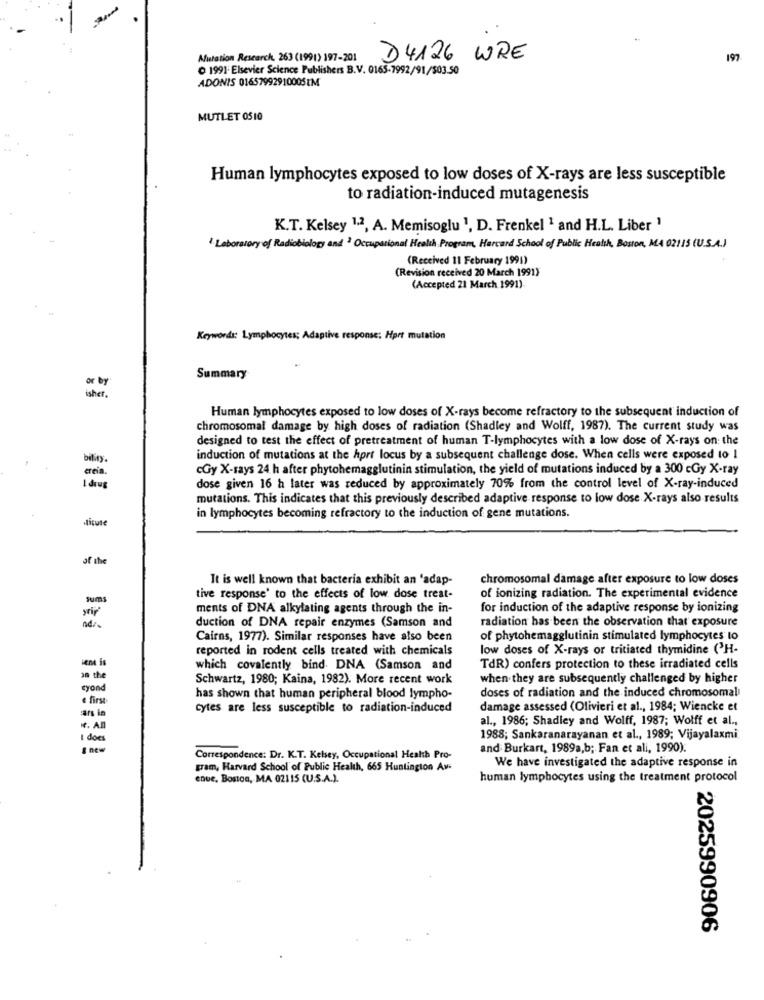
Mutation Research, 263 (1991) 197-201
D4126 WRE
197
O 1991 Elsevier Science Publishers B.V. 0165-7992/91/503.50
ADONIS 01657992910005 IM
MUTLET 0510
Human lymphocytes exposed to low doses of X-rays are less susceptible
to radiation-induced mutagenesis
K.T. Kelsey 1,2, A. Memisoglu 1, D. Frenkel 1 and H.L. Liber 1
" Laboratory of Radiobiology and Occupational Health Program, Harcand School of Public Health, Boston, MA 02115 (U.S.A.)
(Received 11 February 1991)
(Revision received 20 March 1991)
(Accepted 21 March 1991).
Keywords: Lymphocytes; Adaptive response; Hper mutation
Summary
or by
Human lymphocytes exposed to low doses of X-rays become refractory to the subsequent induction of
chromosomal damage by high doses of radiation (Shadley and Wolff, 1987). The current study was
designed to test the effect of pretreatment of human T-lymphocytes with a low dose of X-rays on: the
bility.
induction of mutations at the hort locus by a subsequent challenge dose. When cells were exposed to 1
cGy X-rays 24 h after phytohemagglutinin stimulation, the yield of mutations induced by a 300 cGy X-ray
creia .
dose given 16 h later was reduced by approximately 70% from the control level of X-ray-induced
mutations. This indicates that this previously described adaptive response to low dose X-rays also results
titute
in lymphocytes becoming refractory to the induction of gene mutations.
It is well known that bacteria exhibit an 'adap-
chromosomal damage after exposure to low doses
Sums
tive response' to the effects of low dose treat-
of ionizing radiation. The experimental evidence
ments of DNA alkylating agents through the in-
for induction of the adaptive response by ionizing
yri
radiation has been the observation that exposure
duction of DNA repair enzymes (Samson and
Cairns, 1977). Similar responses have also been
of phytohemagglutinin stimulated lymphocytes to
reported in rodent cells treated with chemicals
low doses of X-rays or tritiated thymidine ('H-
which covalently bind. DNA (Samson and
TdR) confers protection to these irradiated cells
30 the
Schwartz, 1980; Kaina, 1982). More recent work
when they are subsequently challenged by higher
cond
doses of radiation and the induced chromosomal
« first
has shown that human peripheral blood lympho-
a/s in
cytes are less susceptible to radiation-induced
damage assessed (Olivieri et al ., 1984; Wiencke et
al ., 1986; Shadley and Wolff, 1987; Wolff et al .,
I dos
1988; Sankaranarayanan et al ., 1989; Vijayalaxmi
8 new
and Burkart, 1989a,b; Fan et ali, 1990).
Correspondence: Dr. K.T. Kelsey, Occupational Health Pro-
We have investigated the adaptive response in
gram, Harvard School of Public Health, 665 Huntington Av-
enue, Boston, MA 02115 (U.S.A.).
human lymphocytes using the treatment protocol
2025990906